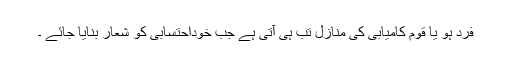
فرد ہو یا قوم کامیابی کی منازل تب ہی آتی ہے جب خوداحتسابی کو شعار بنایا جائے ۔